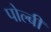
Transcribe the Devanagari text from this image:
पोल्बी